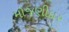
મોજણીદાર